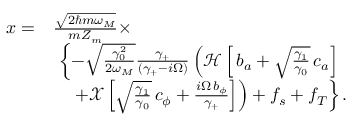
\begin{array} { r l } { x = } & { \frac { \sqrt { 2 \hslash m \omega _ { M } } } { m Z _ { m } } \times } \\ & { \ \left\{ - \sqrt \frac { \gamma _ { 0 } ^ { 2 } } { 2 \omega _ { M } } \frac { \gamma _ { + } } { ( \gamma _ { + } - i \Omega ) } \left( { \mathcal { H } } \left[ \, b _ { a } + \sqrt \frac { \gamma _ { 1 } } { \gamma _ { 0 } } \, c _ { a } \right] \right. \right. } \\ & { \quad \left. \left. + { \mathcal { X } } \left[ \sqrt \frac { \gamma _ { 1 } } { \gamma _ { 0 } } \, c _ { \phi } + \frac { i \Omega \, b _ { \phi } } { \gamma _ { + } } \right] \right) + f _ { s } + f _ { T } \right\} . } \end{array}